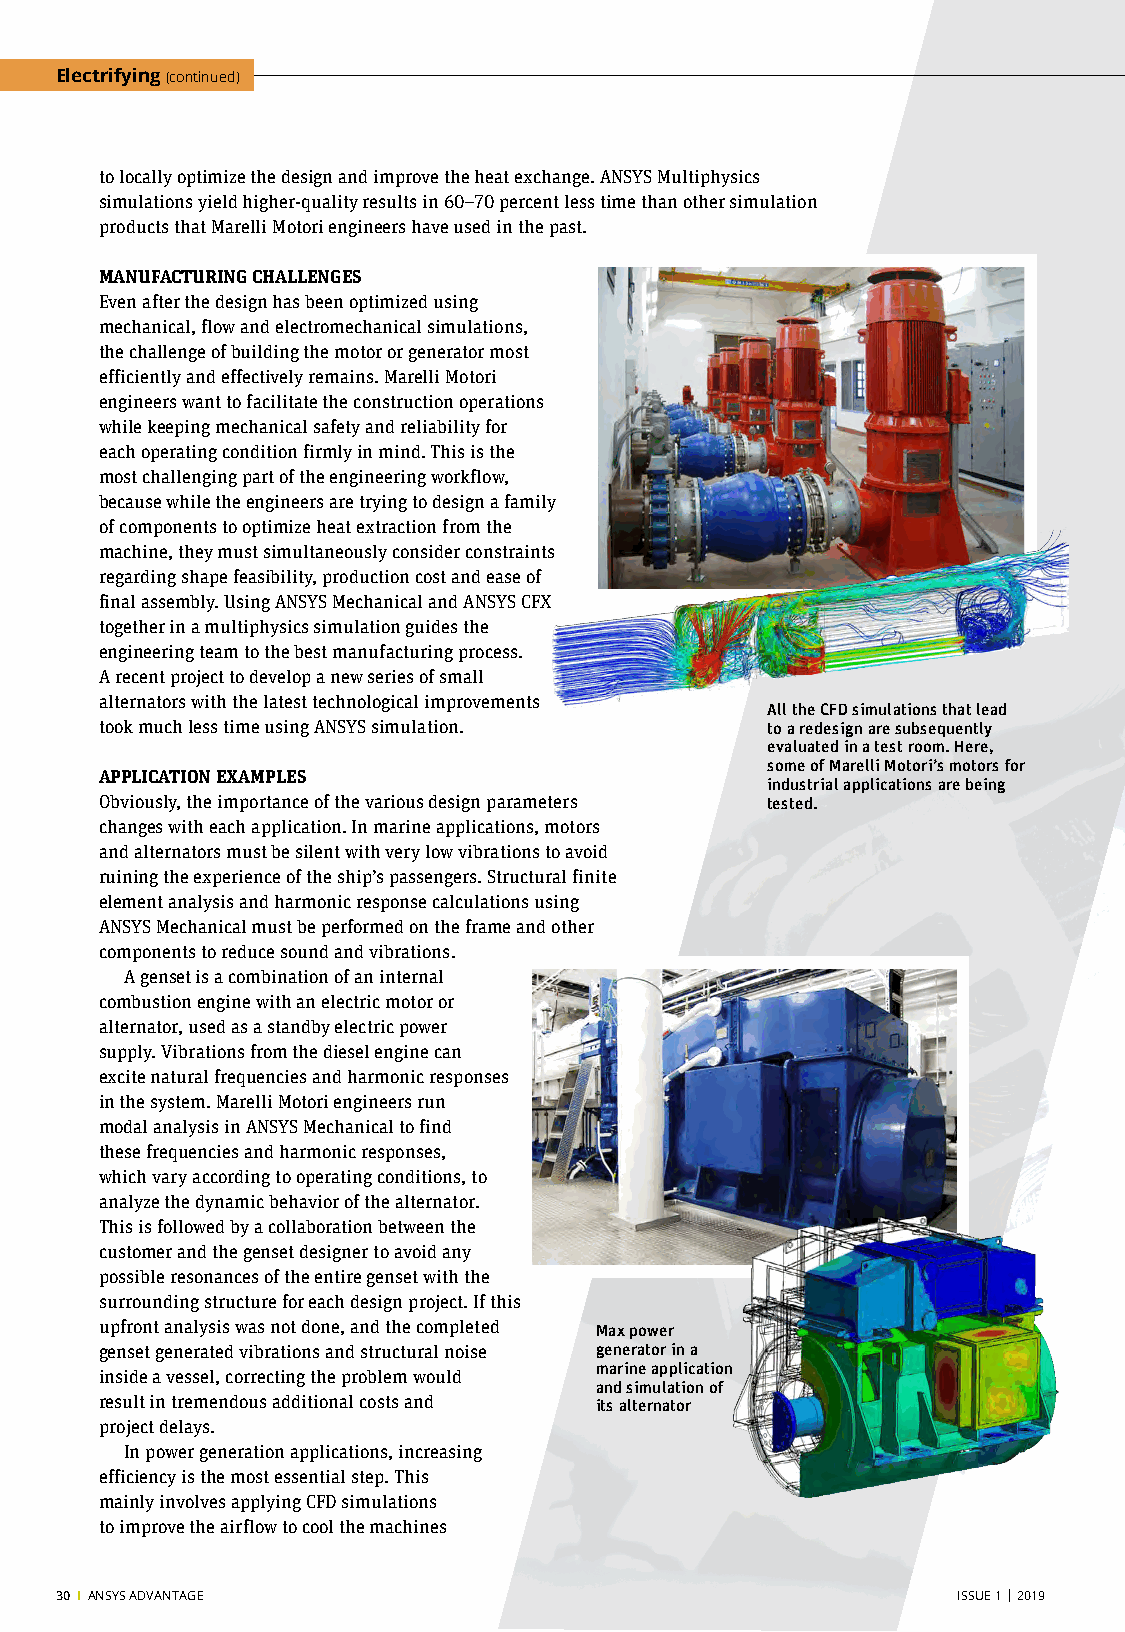
Electrifying (continued)
 to locally optimize the design and improve the heat exchange. ANSYS Multiphysics
 simulations yield higher-quality results in 60–70 percent less time than other simulation
 products that Marelli Motori engineers have used in the past.
 MANUFACTURING CHALLENGES
 Even after the design has been optimized using
 mechanical, flow and electromechanical simulations,
 the challenge of building the motor or generator most
 efficiently and effectively remains. Marelli Motori
 engineers want to facilitate the construction operations
 while keeping mechanical safety and reliability for
 each operating condition firmly in mind. This is the
 most challenging part of the engineering workflow,
 because while the engineers are trying to design a family
 of components to optimize heat extraction from the
 machine, they must simultaneously consider constraints
 regarding shape feasibility, production cost and ease of
 final assembly. Using ANSYS Mechanical and ANSYS CFX
 together in a multiphysics simulation guides the
 engineering team to the best manufacturing process.
 A recent project to develop a new series of small
 alternators with the latest technological improvements
 All the CFD simulations that lead
 took much less time using ANSYS simulation. to a redesign are subsequently
 evaluated in a test room. Here,
 some of Marelli Motori’s motors for
 APPLICATION EXAMPLES
 industrial applications are being
 Obviously, the importance of the various design parameters tested.
 changes with each application. In marine applications, motors
 and alternators must be silent with very low vibrations to avoid
 ruining the experience of the ship’s passengers. Structural finite
 element analysis and harmonic response calculations using
 ANSYS Mechanical must be performed on the frame and other
 components to reduce sound and vibrations.
 A genset is a combination of an internal
 combustion engine with an electric motor or
 alternator, used as a standby electric power
 supply. Vibrations from the diesel engine can
 excite natural frequencies and harmonic responses
 in the system. Marelli Motori engineers run
 modal analysis in ANSYS Mechanical to find
 these frequencies and harmonic responses,
 which vary according to operating conditions, to
 analyze the dynamic behavior of the alternator.
 This is followed by a collaboration between the
 customer and the genset designer to avoid any
 possible resonances of the entire genset with the
 surrounding structure for each design project. If this
 upfront analysis was not done, and the completed Max power
 genset generated vibrations and structural noise generator in a
 marine application
 inside a vessel, correcting the problem would
 and simulation of
 result in tremendous additional costs and its alternator
 project delays.
 In power generation applications, increasing
 efficiency is the most essential step. This
 mainly involves applying CFD simulations
 to improve the airflow to cool the machines
 30 I ANSYS ADVANTAGE                                       ISSUE 1 | 2019